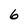
Character: 6